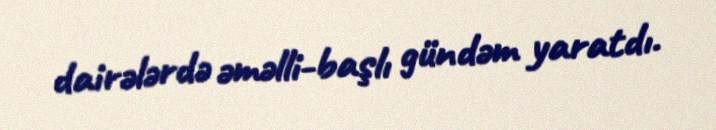
dairələrdə əməlli-başlı gündəm yaratdı.